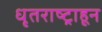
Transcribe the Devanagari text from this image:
धृतराष्ट्राहून